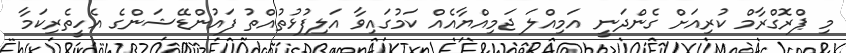
މި ޕްރޮގްރާމް ކުރިއަށް ގެންދަނީ އަމިއްލަ ޖަމިއްޔާއެއް ކަމުގައިވާ އަލިފުޅުތުއްތު ފައުންޑޭޝަންގެ އެހީތެރިކަމާ